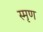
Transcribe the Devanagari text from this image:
स्मृण